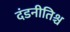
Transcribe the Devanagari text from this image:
दंडनीतिश्च